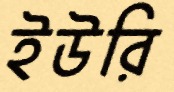
ইউরি